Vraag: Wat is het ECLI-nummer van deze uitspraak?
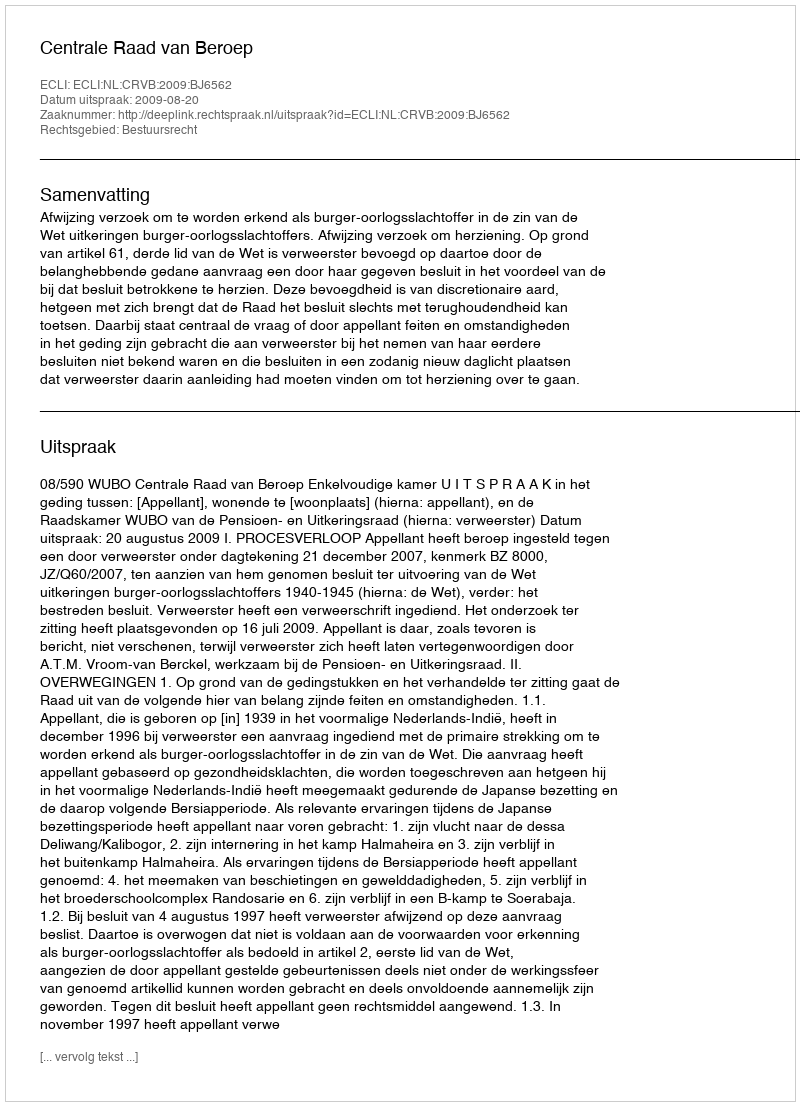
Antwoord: ECLI:NL:CRVB:2009:BJ6562